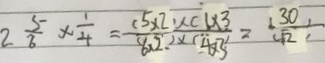
2 \frac { 5 } { 6 } \times \frac { 1 } { 4 } = \frac { ( 5 \times 2 ) \times ( 6 \times 3 } { ( 6 \times 2 ) \times ( 4 \times 3 ) } = \frac { ( 3 0 ) } { ( 1 2 ) }